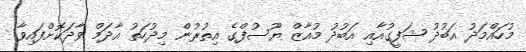
މުހައްމަދު އަބުދު ޝަފީގުއާއި އަބުދު މުއާޒް ޔޫސުފްގެ އިތުރުން މިދުހަތު އާދަމް ވާދަކޮށްފައިވާ